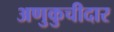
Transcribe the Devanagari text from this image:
अणुकुचीदार